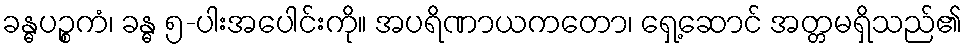
ခန္ဓပဉ္စကံ၊ ခန္ဓ ၅-ပါးအပေါင်းကို။ အပရိဏာယကတော၊ ရှေ့ဆောင် အတ္တမရှိသည်၏